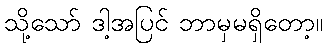
သို့သော် ဒါ့အပြင် ဘာမှမရှိတော့။